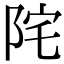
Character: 𨹏